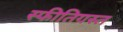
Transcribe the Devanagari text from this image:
स्फीतिग्रस्त